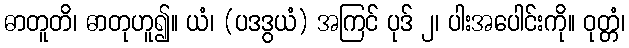
ဓာတူတိ၊ ဓာတုဟူ၍။ ယံ၊ (ပဒဒွယံ) အကြင် ပုဒ် ၂၊ ပါးအပေါင်းကို။ ဝုတ္တံ၊